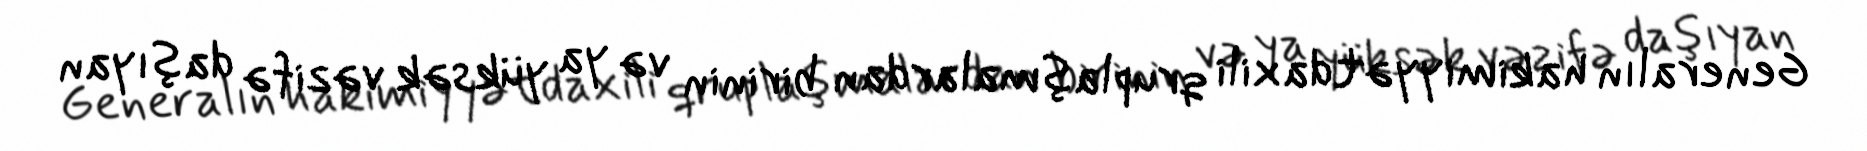
Generalın hakimiyyətdaxili qruplaşmalardan birinin və ya yüksək vəzifə daşıyan